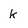
Character: k